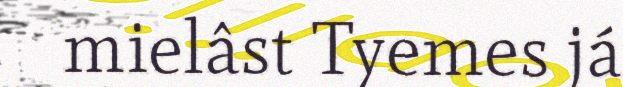
mielâst Tyemes já